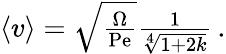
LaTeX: \begin{array}{r}{\left\langle v\right\rangle=\sqrt{\frac{\Omega}{\mathrm{Pe}}}\frac{1}{\sqrt[4]{1+2k}}\, .}\end{array}